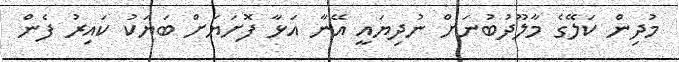
މުދިން ކަލޭގެ މާލޫދުބުނަށް ނުދިޔައީ އޭނާ އަޅާ ފޮށަޔަށް ބަޔަކު ކައިރު ފެން